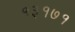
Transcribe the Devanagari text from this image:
१३१७१